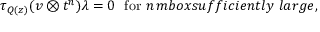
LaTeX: \tau _ { Q ( z ) } ( v \otimes t ^ { n } ) \lambda = 0 \ \ \mathrm { f o r } \ n \, m b o x { s u f f i c i e n t l y \ l a r g e } ,